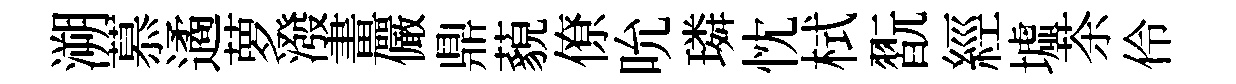
溯慕遹萝潑畫儼鼎藐僚吮璘忱栻翫經墟茶伶